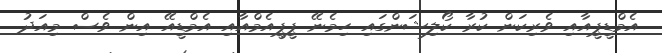
އެމްޑީޕީއާއި ވެރިކަން ކުރާ ކޯލިޝަންގައި ހިމެނޭ ޕީޕީއެމްއާއި އެމްޑީއޭ އިން ވެސް މިއަދު